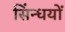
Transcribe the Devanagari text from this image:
सिंन्धयों